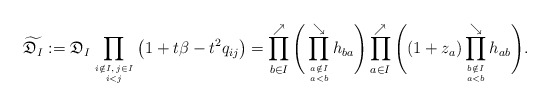
\begin{gather*} \widetilde{\mathfrak{D}_I}:=\mathfrak{D}_{I} \prod_{i \notin I,\, j \in I\atop i < j}\big(1+t \beta-t^2 q_{ij}\big) = \prod_{b \in I}^{\nearrow}\Bigg(\prod_{a \notin I \atop a < b}^{\searrow} h_{ba} \Bigg) \prod_{a \in I}^{\nearrow} \Bigg((1+z_a) \prod_{b \notin I \atop a < b}^{\searrow} h_{ab} \Bigg).\end{gather*}